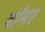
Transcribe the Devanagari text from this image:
बॉमर